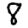
Digit: 8